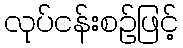
လုပ်ငန်းစဉ်ဖြင့်